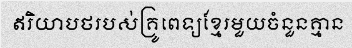
ឥរិយាបថរបស់គ្រូពេទ្យខ្មែរមួយចំនួនគ្មាន